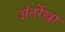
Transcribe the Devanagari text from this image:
अंतर्रेखा